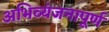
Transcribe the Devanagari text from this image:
अभिव्यंजनापूर्ण